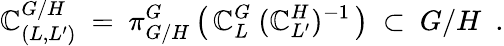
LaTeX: \mathbb{C}_{(L,L^{\prime})}^{G/H}\ =\ \pi_{G/H}^{G}\left(\, \mathbb{C}_{L}^{G}\ (\mathbb{C}_{L^{\prime}}^{H})^{-1}\, \right)\ \subset\ G/H\ \ .